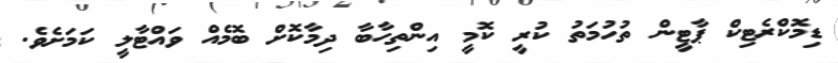
ޑިމޮކްރެޓިކް ޕާޓީން ތުހުމަތު ކުރީ ކޮމީ އިންތިހާބާ ދިމާކޮށް ބޮމެއް ވައްޓާލީ ކަމަށެވެ.